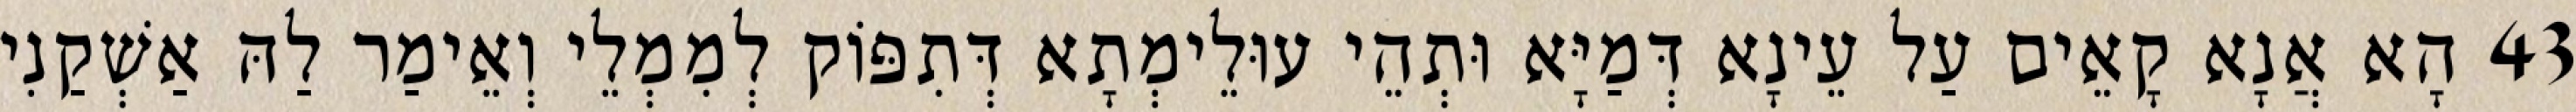
43 הָא אֲנָא קָאֵים עַל עֵינָא דְּמַיָּא וּתְהֵי עוּלֵימְתָא דְּתִפּוֹק לְמִמְלֵי וְאֵימַר לַהּ אַשְׁקַנִי